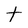
Character: t